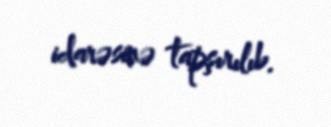
idarəsinə tapşırılıb.